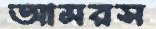
আমরস